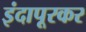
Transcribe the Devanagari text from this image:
इंदापूरकर